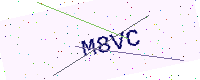
Text: M8VC